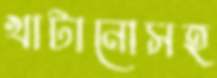
খাটানোসহ